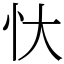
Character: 忕